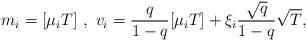
\begin{align*}m_i=[\mu_iT]\,\,,\,\,v_i=\frac{q}{1-q}[\mu_iT]+\xi_i\frac{\sqrt{q}}{1-q}\sqrt{T},\end{align*}